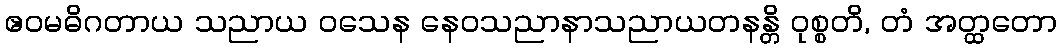
ဧဝမဓိဂတာယ သညာယ ဝသေန နေဝသညာနာသညာယတနန္တိ ဝုစ္စတိ, တံ အတ္ထတော